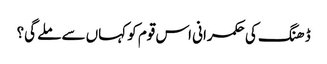
ڈھنگ کی حکمرانی اس قوم کو کہاں سے ملے گی؟